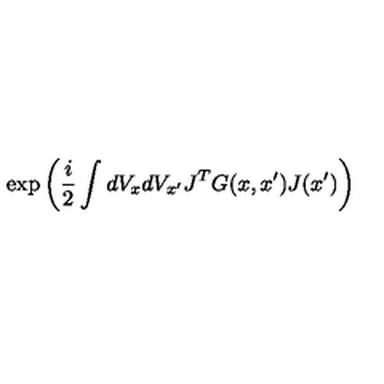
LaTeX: \exp \left( \frac { i } { 2 } \int d V _ { x } d V _ { x ^ { \prime } } J ^ { T } G ( x , x ^ { \prime } ) J ( x ^ { \prime } ) \right)